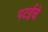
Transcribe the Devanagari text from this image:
पटईचे